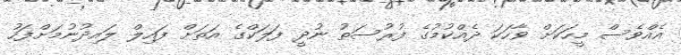
އެއްވެސް މީހަކަށް ވާހަކަ ދެއްކުމުގެ ފުރުސަތު ނުދީ ފަލަކްގެ އަތަށް ފައިލް ލައިދުނުމަށްފަހު